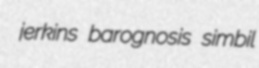
jerkins barognosis simbil